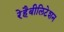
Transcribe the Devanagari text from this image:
रेहैबीलिटेशन